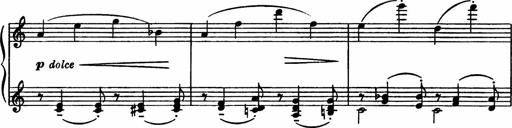
Title: Sonatilla
Composer: Mortimer Wilson
Key: C major